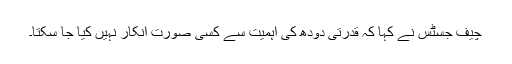
چیف جسٹس نے کہا کہ قدرتی دودھ کی اہمیت سے کسی صورت انکار نہیں کیا جا سکتا۔